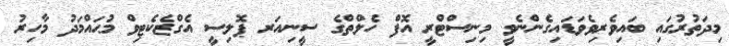
މިދަތުރުގައި ބައިވެރިވެވަޑައިގެންނެވީ މިނިސްޓްރީ އޮފް ހެލްތްގެ ސީނިއަރ ޕޮލިސީ އެގްޒެކެޓިވް މުޙައްމަދު މާހިރު